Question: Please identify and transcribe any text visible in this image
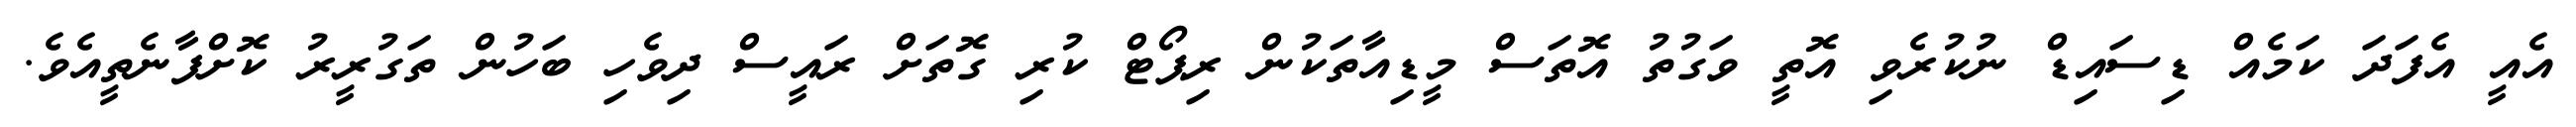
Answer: އެއީ އެފަދަ ކަމެއް ޑިސައިޑް ނުކުރެވި އޮތީ ވަގުތު އޮތަސް މީޑިއާތަކުން ރިޕޯޓް ކުރި ގޮތަށް ރައީސް ދިވެހި ބަހުން ތަގުރީރު ކޮށްފާނެތީއެވެ.